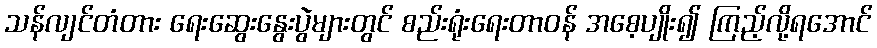
သန်လျင်တံတား ရေးဆွေးနွေးပွဲများတွင် စည်းရုံးရေးတာဝန် အစေ့ပျိုး၍ ကြည့်လို့ရအောင်